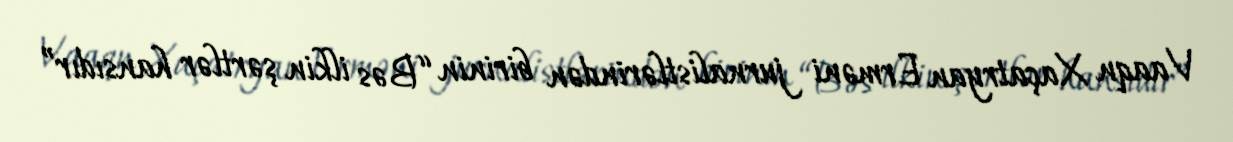
Vaaqn Xaçatryan Erməni jurnalistlərindən birinin “Bəs ilkin şərtlər hansıdır”